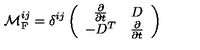
{ \cal M } _ { \mathrm { F } } ^ { i j } = \delta ^ { i j } \left( \begin{array} { c c } { \frac { \partial } { \partial t } } & { D } \\ { - D ^ { T } } & { \frac { \partial } { \partial t } } \\ \end{array} \right)